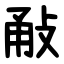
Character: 㪌